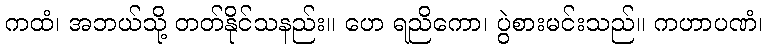
ကထံ၊ အဘယ်သို့ တတ်နိုင်သနည်း။ ဟေ ရညိကော၊ ပွဲစားမင်းသည်။ ကဟာပဏံ၊